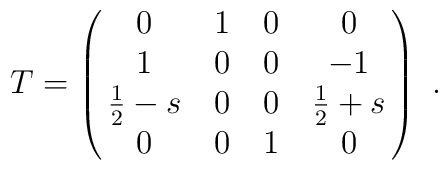
T=\left(\matrix{ 0        & 1         & 0      & 0           \cr                 1        & 0         & 0      & -1          \cr                 \frac{1}{2}-s  & 0         & 0      & \frac{1}{2}+s          \cr                 0        & 0         & 1      & 0     }    \right)\ .